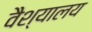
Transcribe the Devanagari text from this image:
वैश्यालय